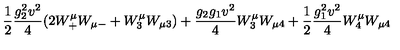
\frac 1 2 { \frac { g _ { 2 } ^ { 2 } v ^ { 2 } } { 4 } } ( 2 W _ { + } ^ { \mu } W _ { \mu - } + W _ { 3 } ^ { \mu } W _ { \mu 3 } ) + { \frac { g _ { 2 } g _ { 1 } v ^ { 2 } } { 4 } } W _ { 3 } ^ { \mu } W _ { \mu 4 } + \frac 1 2 { \frac { g _ { 1 } ^ { 2 } v ^ { 2 } } { 4 } } W _ { 4 } ^ { \mu } W _ { \mu 4 }